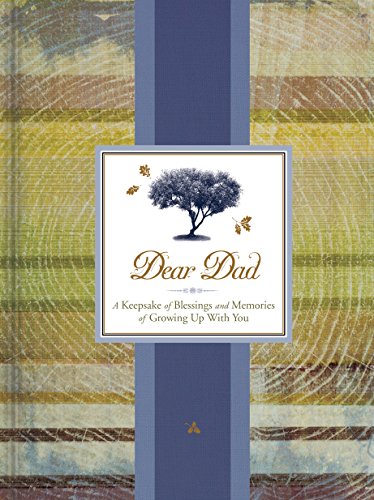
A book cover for Dear Dad: A Keepsake of Blessings and Memories of Growing Up with You (Signature Journals); Ellie Claire; Self-Help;